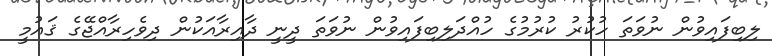
ލިބިފައިވުން ނުވަތަ ހުކުރު ކުރުމުގެ ހުއްދަލިބިފައިވުން ނުވަތަ ދީނީ ދާއިރާއަކުން ދިވެހިރާއްޖޭގެ ޤައުމީ